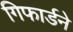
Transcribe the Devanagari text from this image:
गिफार्डने